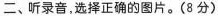
二、听录音，选择正确的图片。(8分)